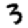
Digit: 3